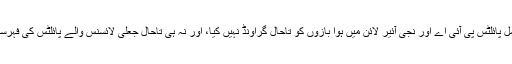
جعلی لائسنس اور ڈگریوں کے حامل پائلٹس پی آئی اے اور نجی آئیر لائن میں ہوا بازوں کو تاحال گراونڈ نہیں کیا، اور نہ ہی تاحال جعلی لائسنس والے پائلٹس کی فہرست ائیر لائنوں کے حوالے نہیں کی۔